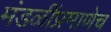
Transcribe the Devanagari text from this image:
मंडळींप्रमाणेच